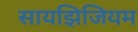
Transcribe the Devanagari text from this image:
सायझिजियम